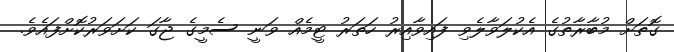
ގޮތަށް މުބާރާތުގެ އެކުލަވާލެވި ފައިވާއިރު ހަތަރު ޓީމެއް ވަނީ ސެމީގެ ޖާގަ ކަށަވަރުކޮށްފައެވެ.